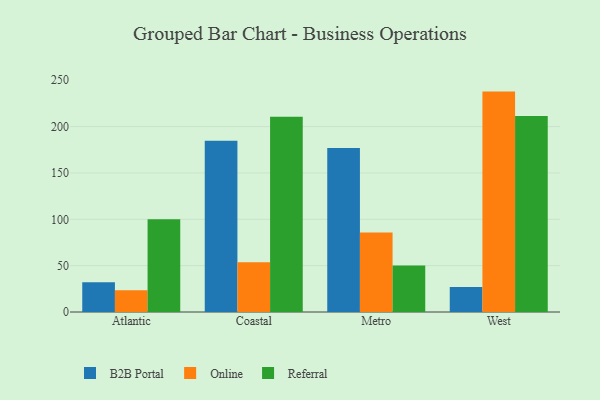
{"axis": {"x": "Region", "y": "Backlog"}, "legend": ["B2B Portal", "Online", "Referral"], "data": [{"x": "Atlantic", "y": 32.0, "type": "B2B Portal"}, {"x": "Atlantic", "y": 23.4, "type": "Online"}, {"x": "Atlantic", "y": 100.1, "type": "Referral"}, {"x": "Coastal", "y": 184.7, "type": "B2B Portal"}, {"x": "Coastal", "y": 53.6, "type": "Online"}, {"x": "Coastal", "y": 210.7, "type": "Referral"}, {"x": "Metro", "y": 177.0, "type": "B2B Portal"}, {"x": "Metro", "y": 85.9, "type": "Online"}, {"x": "Metro", "y": 50.3, "type": "Referral"}, {"x": "West", "y": 27.1, "type": "B2B Portal"}, {"x": "West", "y": 237.8, "type": "Online"}, {"x": "West", "y": 211.4, "type": "Referral"}]}